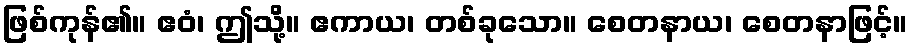
ဖြစ်ကုန်၏။ ဧဝံ၊ ဤသို့။ ဧကာယ၊ တစ်ခုသော။ စေတနာယ၊ စေတနာဖြင့်။